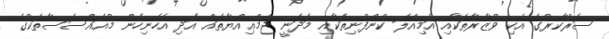
ސަރުކާރުގެ އެކި ވުޒާރާތަކާއި އަމިއްލަ ކުންފުނިތަކާއި މަދަނީ ޖަމްޢިއްޔާތައް އަދި އެހެނިހެން މުއައްސަސާތަކުގެ